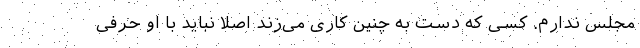
مجلس ندارم. کسی که دست به چنین کاری می‌زند اصلاً نباید با او حرفی